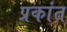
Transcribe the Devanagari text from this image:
प्रकांत